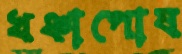
খঞ্চাপোষ